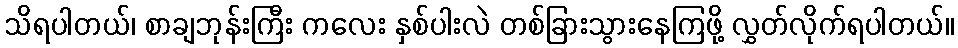
သိရပါတယ်၊ စာချဘုန်းကြီး ကလေး နှစ်ပါးလဲ တစ်ခြားသွားနေကြဖို့ လွှတ်လိုက်ရပါတယ်။